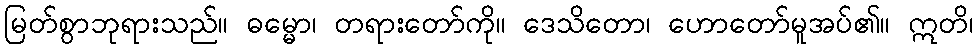
မြတ်စွာဘုရားသည်။ ဓမ္မော၊ တရားတော်ကို။ ဒေသိတော၊ ဟောတော်မူအပ်၏။ ဣတိ၊